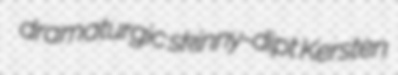
dramaturgic skinny-dipt Kersten